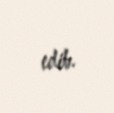
edib.